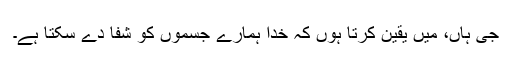
جی ہاں، میں یقین کرتا ہوں کہ خُدا ہمارے جسموں کو شفا دے سکتا ہے۔